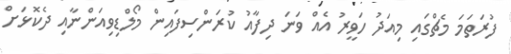
ފުރަތަމަ މެޗްގައި މިއަދު ހަވީރު އެއް ވަނަ ދިފާއު ކުރަންސިފައިން މޯލްޑިވިއަންނާއި ދެކޮޅަށް